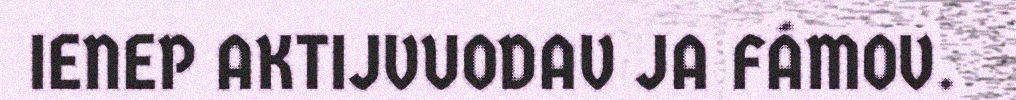
IENEP AKTIJVUODAV JA FÁMOV.